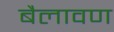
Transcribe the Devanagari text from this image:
बैलावण